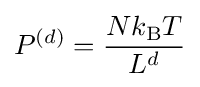
P^{(d)}={\frac {Nk_{\rm {B}}T}{L^{d}}}